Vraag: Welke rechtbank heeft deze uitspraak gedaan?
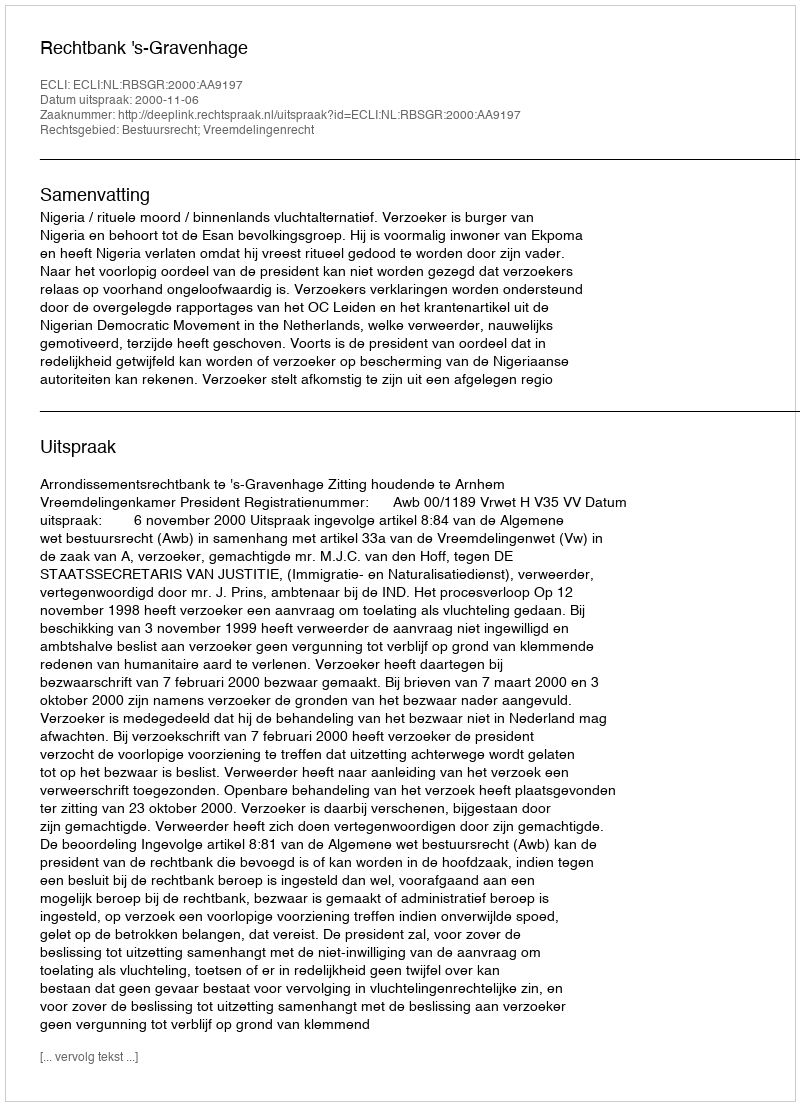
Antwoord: Rechtbank 's-Gravenhage